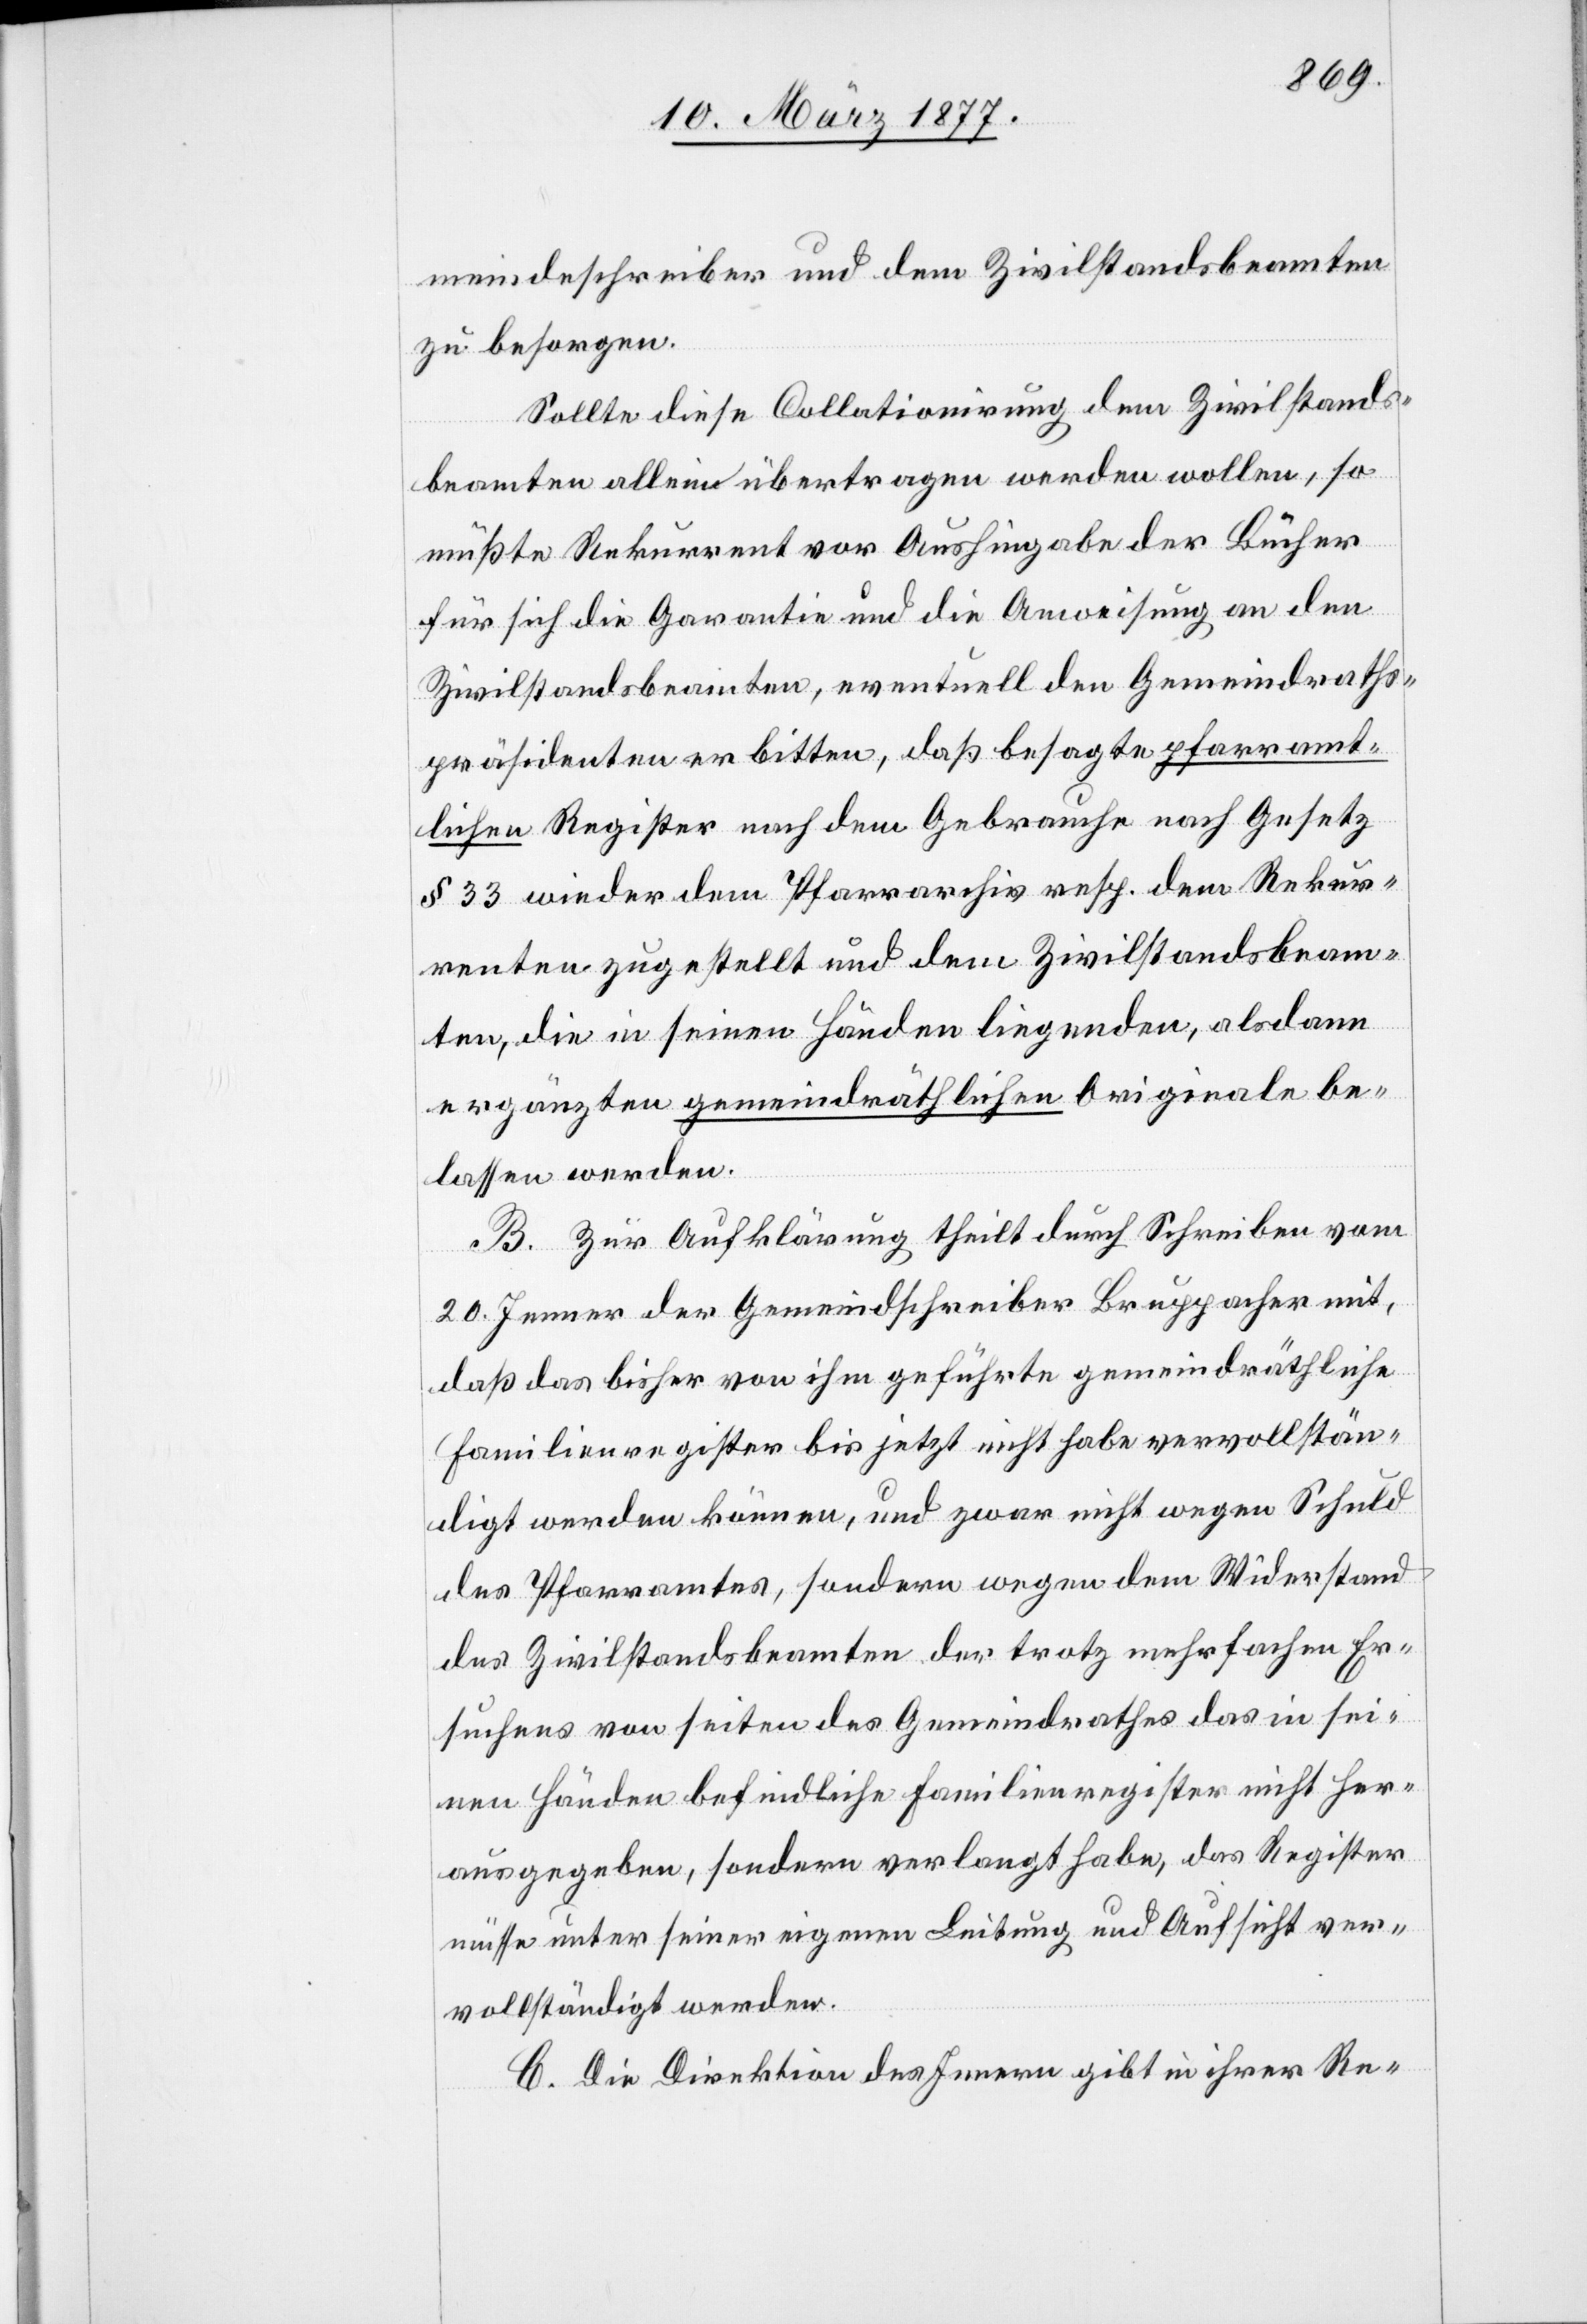
meindeschreiber und dem Zivilstandsbeamten
zu besorgen.
Sollte diese Collationirung dem Zivilstands¬
beamten alleine übertragen werden wollen, so
müßte Rekurrent vor Aushingabe der Bücher
für sich die Garantie und die Anweisung an den
Zivilstandsbeamten, eventuell den Gemeindraths¬
präsidenten erbitten, daß besagte pfarramt¬
lichen Register nach dem Gebrauche nach Gesetz
§ 33 wieder dem Pfarrarchiv resp. dem Rekur¬
renten zugestellt und dem Zivilstandsbeam¬
ten, die in seinen Händen liegenden, alsdann
ergänzten gemeindräthlichen Originale be¬
lassen werden.
B. Zur Aufklärung theilt durch Schreiben vom
20. Jenner der Gemeindschreiber Bruppacher mit,
daß das bisher von ihm geführte gemeindräthliche
Familienregister bis jetzt nicht habe vervollstän¬
digt werden können, und zwar nicht wegen Schuld
des Pfarramtes, sondern wegen dem Widerstand
des Zivilstandsbeamten der trotz mehrfachen Er¬
suchens von seiten des Gemeindrathes das in sei¬
nen Händen befindliche Familienregister nicht her¬
ausgegeben, sondern verlangt habe, das Register
müsse unter seiner eigenen Leitung und Aufsicht ver¬
vollständigt werden.
C. Die Direktion des Innern gibt in ihrer Re-